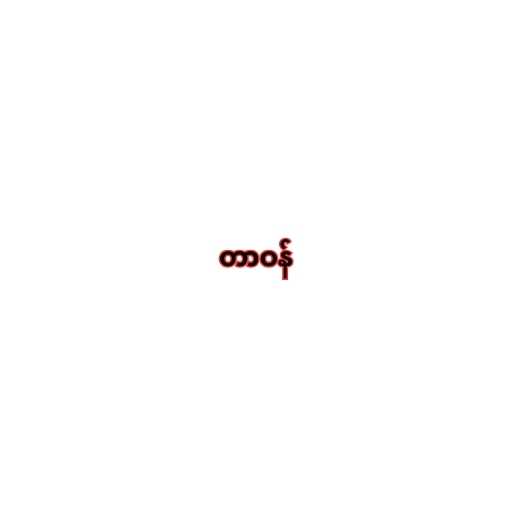
တာဝန်